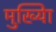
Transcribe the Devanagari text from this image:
मुख्यिा